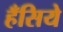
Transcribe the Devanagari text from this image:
हँसिये